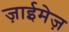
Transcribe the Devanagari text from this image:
ज़ाईमेज़